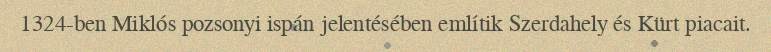
1324-ben Miklós pozsonyi ispán jelentésében említik Szerdahely és Kürt piacait.